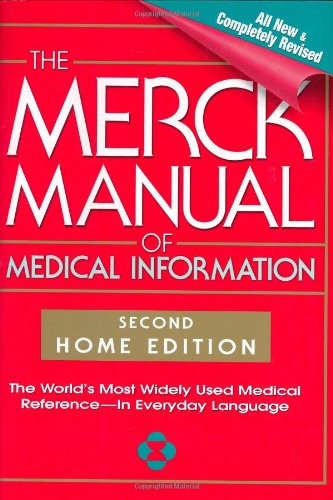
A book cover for The Merck Manual of Medical Information, Second Edition: The World's Most Widely Used Medical Reference - Now In Everyday Language; Mark H. Beers; Health, Fitness & Dieting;